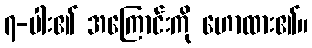
၇-ပါး၏ အကြောင်းကို ဟောထား၏။